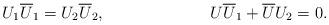
LaTeX: \begin{align*}&U_1\overline{U}_1=U_2\overline{U}_2,&U\overline{U}_1+\overline{U}U_2=0.\end{align*}